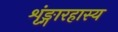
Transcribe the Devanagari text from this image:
शृंङ्गारहास्य